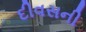
દીવસની